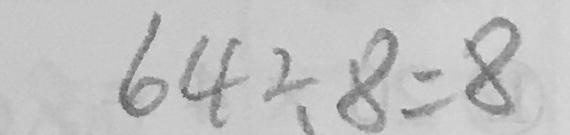
6 4 \div 8 = 8